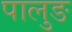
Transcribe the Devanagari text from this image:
पालुङ